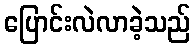
ပြောင်းလဲလာခဲ့သည်